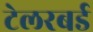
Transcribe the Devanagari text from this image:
टेलरबर्ड